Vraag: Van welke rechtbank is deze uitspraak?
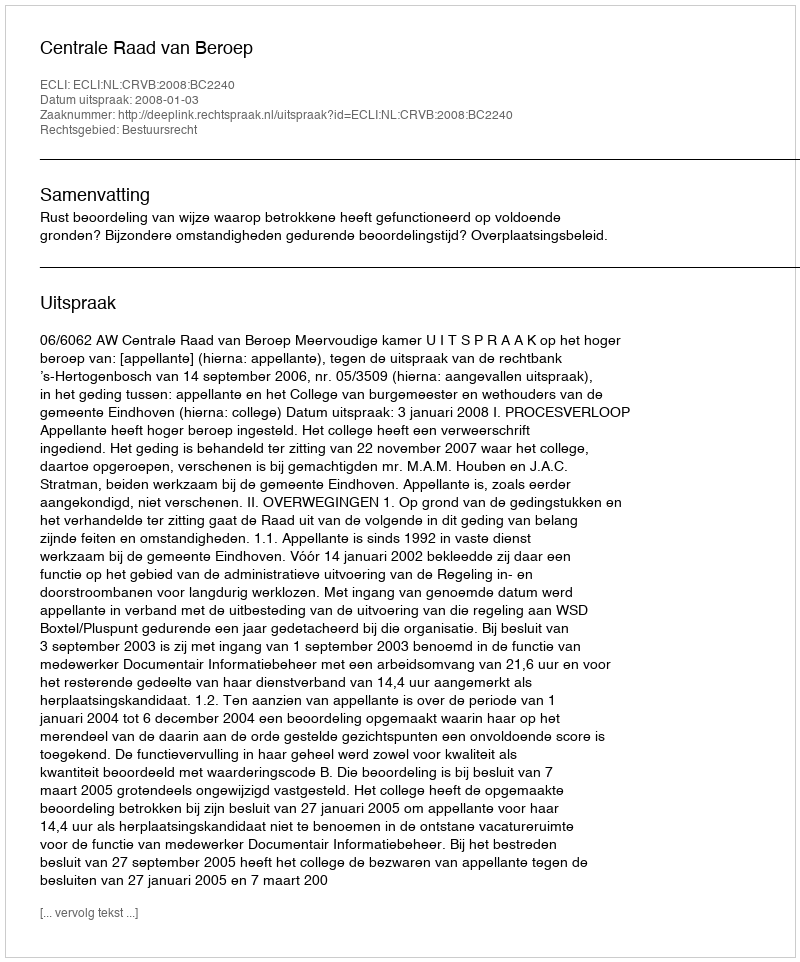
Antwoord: Centrale Raad van Beroep